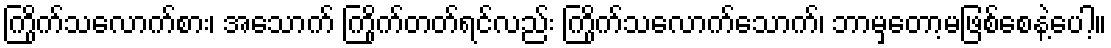
ကြိုက်သလောက်စား၊ အသောက် ကြိုက်တတ်ရင်လည်း ကြိုက်သလောက်သောက်၊ ဘာမှတော့မဖြစ်စေနဲ့ပေါ့။